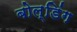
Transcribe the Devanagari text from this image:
बोल्डिंग